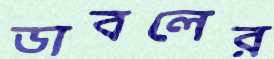
ডাবলের